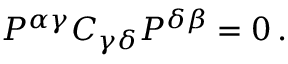
P ^ { \alpha \gamma } C _ { \gamma \delta } P ^ { \delta \beta } = 0 \, .